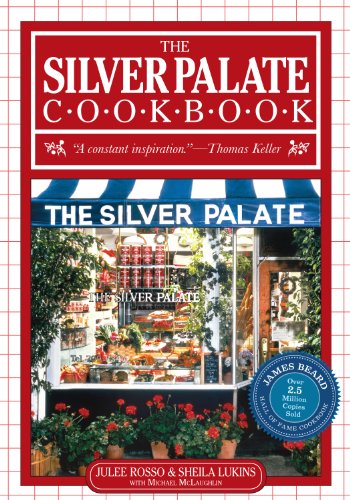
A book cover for The Silver Palate Cookbook; Sheila Lukins; Cookbooks, Food & Wine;